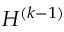
H ^ { ( k - 1 ) }